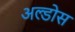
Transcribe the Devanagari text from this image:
अल्डोस